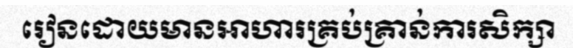
រៀនដោយមានអាហារគ្រប់គ្រាន់ការសិក្សា